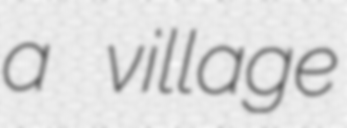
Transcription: a village